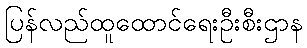
ပြန်လည်ထူထောင်ရေးဦးစီးဌာန